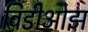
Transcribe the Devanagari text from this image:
विडीओझ